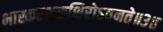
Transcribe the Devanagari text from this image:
भास्करशक्रशिरोऽवनते॥३॥